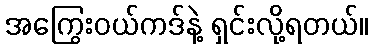
အကြွေးဝယ်ကဒ်နဲ့ ရှင်းလို့ရတယ်။